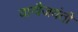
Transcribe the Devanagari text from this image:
वाग्वैजयंती